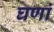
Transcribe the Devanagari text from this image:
घणां